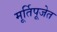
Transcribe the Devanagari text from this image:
मूर्तिपूजेत